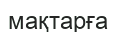
мақтарға